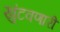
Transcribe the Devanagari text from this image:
खुंटवणारी